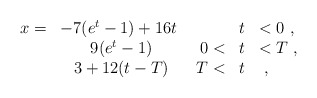
\begin{align*}\begin{array}{rcrcl}x=&-7 (e^t-1)+16 t\mbox{ } & &t&<0 \ , \\ & 9 (e^t -1) & 0<&t&<T \ , \\ & 3+12 (t-T) & T<&t& \ ,\end{array} \end{align*}